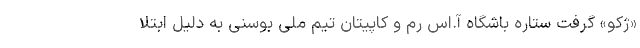
«ژکو» گرفت ستاره باشگاه آ.اس رم و کاپیتان تیم ملی بوسنی به دلیل ابتلا